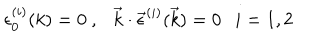
\epsilon _ { 0 } ^ { ( i ) } ( k ) = 0 \ , \ \ \ \vec { k } \cdot \vec { \epsilon } ^ { ( i ) } ( \vec { k } ) = 0 \ \ \ i = 1 , 2